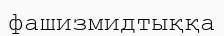
фашизмидтыққа